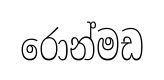
රොන්මඩ